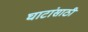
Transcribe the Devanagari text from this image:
घाटांसाठी